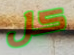
كل